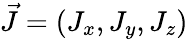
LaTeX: \vec{J}=(J_{x},J_{y},J_{z})